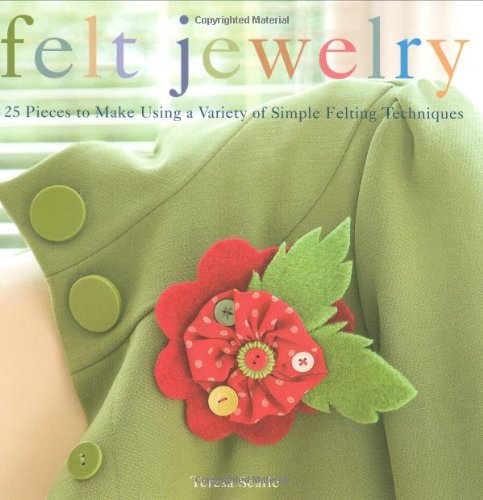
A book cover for Felt Jewelry: 25 Pieces to Make Using a Variety of Simple Felting Techniques; Teresa Searle; Crafts, Hobbies & Home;